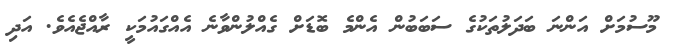
މޫސުމަށް އަންނަ ބަދަލުތަކުގެ ސަބަބުން އެންމެ ބޮޑަށް ގެއްލުންވާނެ އެއްގައުމަކީ ރާއްޖެއެވެ. އަދި